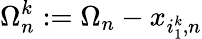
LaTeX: \Omega_{n}^{k}:=\Omega_{n}-x_{i_{1}^{k},n}